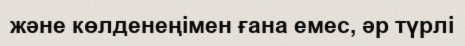
және көлденеңімен ғана емес, әр түрлі